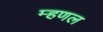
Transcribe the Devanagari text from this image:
म्‍हणल